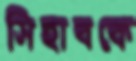
সিহাবকে